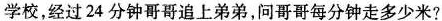
学校，经过24分钟哥哥追上弟弟，问哥哥每分钟走多少米?